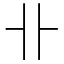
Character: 卝